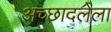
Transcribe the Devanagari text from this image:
अच्छादलेला